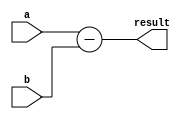
module Combinational_logic_blocks (
    input [3:0] a,   // binary number to be subtracted from
    input [3:0] b,   // binary number to subtract
    output reg [3:0] result  // result of the subtraction operation
);

assign result = a - b;
  
endmodule